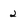
Character: 2